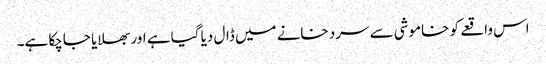
اس واقعے کو خاموشی سے سرد خانے میں ڈال دیا گیا ہے اور بھلایا جاچکا ہے۔